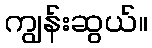
ကျွန်းဆွယ်။